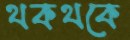
থকথকে